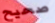
صحيح